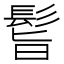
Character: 𩬺